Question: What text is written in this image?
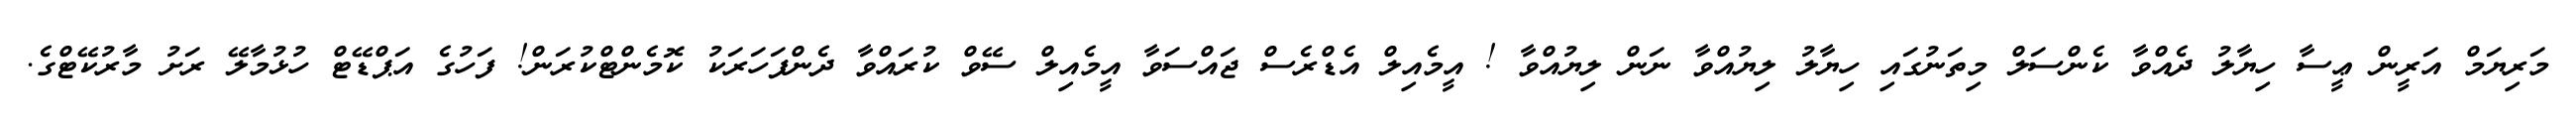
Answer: މަރިޔަމް އަރީން ޢީސާ ހިޔާލު ދެއްވާ ކެންސަލް މިތަނުގައި ހިޔާލު ލިޔުއްވާ ނަން ލިޔުއްވާ ! އީމެއިލް އެޑްރެސް ޖައްސަވާ އީމެއިލް ސޭވް ކުރައްވާ ދެންފަހަރަކު ކޮމެންޓްކުރަން! ފަހުގެ އަޕްޑޭޓް ހުޅުމާލޭ ރަށު މާރުކޭޓްގެ.